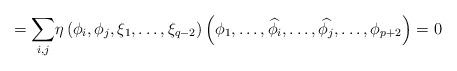
\begin{align*}= {\displaystyle\sum _{i,j}} \eta \left ( {\phi}_{i}, {\phi}_{j}, \xi_{1}, \ldots , {\xi}_{q-2}\right )\left ({\phi}_{1}, \ldots ,\widehat{{\phi}_{i}}, \ldots ,\widehat{{\phi}_{j}}, \ldots ,{\phi}_{p+2} \right )=0\end{align*}